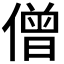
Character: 僧